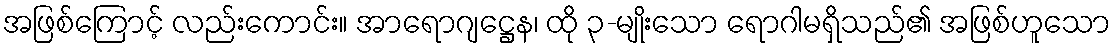
အဖြစ်ကြောင့် လည်းကောင်း။ အာရောဂျဋ္ဌေန၊ ထို ၃-မျိုးသော ရောဂါမရှိသည်၏ အဖြစ်ဟူသော